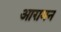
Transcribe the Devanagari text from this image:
आग़मन